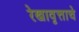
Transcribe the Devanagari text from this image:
रेखावृत्ताचे